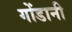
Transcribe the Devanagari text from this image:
गोंडानी